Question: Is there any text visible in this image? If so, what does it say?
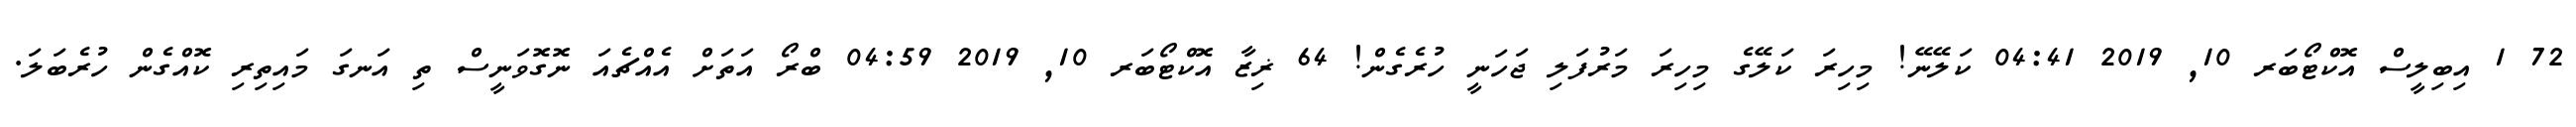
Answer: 72 1 އިބިލީސް އޮކްޓޯބަރ 10, 2019 04:41 ކަލޭނޭ! މިހިރަ ކަލޭގެ މިހިރަ މަރުފަލި ޖަހަނީ ހުރެގެން! 64 ޜިޒާ އޮކްޓޯބަރ 10, 2019 04:59 ބްރޯ އަތަށް އެއްޗެއަ ނޮގޮވަނީސް ތި އަނގަ މައިތިރި ކޮއްގެން ހުރެބަލަ.